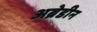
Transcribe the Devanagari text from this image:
अब्रेडीन